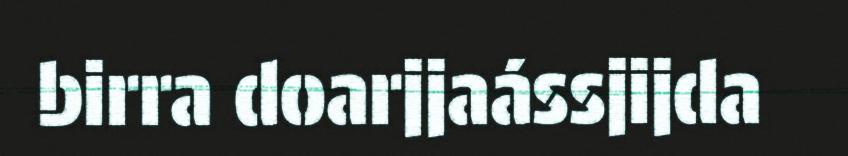
birra doarjjaássjijda